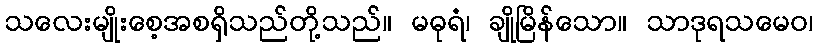
သလေးမျိုးစေ့အစရှိသည်တို့သည်။ မဓုရံ၊ ချိုမြိန်သော။ သာဒုရသမေဝ၊